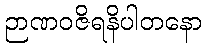
ဉာဏဝဇိရနိပါတနော